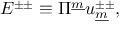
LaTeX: E ^ { \pm \pm } \equiv \Pi ^ { \underline { { { m } } } } u _ { \underline { { { m } } } } ^ { \pm \pm } , \qquad